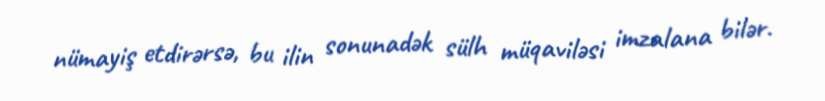
nümayiş etdirərsə, bu ilin sonunadək sülh müqaviləsi imzalana bilər.